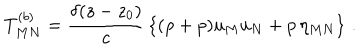
LaTeX: T _ { M N } ^ { ( b ) } = { \frac { \delta ( z - z _ { 0 } ) } { c } } \left\{ ( \rho + p ) u _ { M } u _ { N } + p \, \eta _ { M N } \right\} \, .